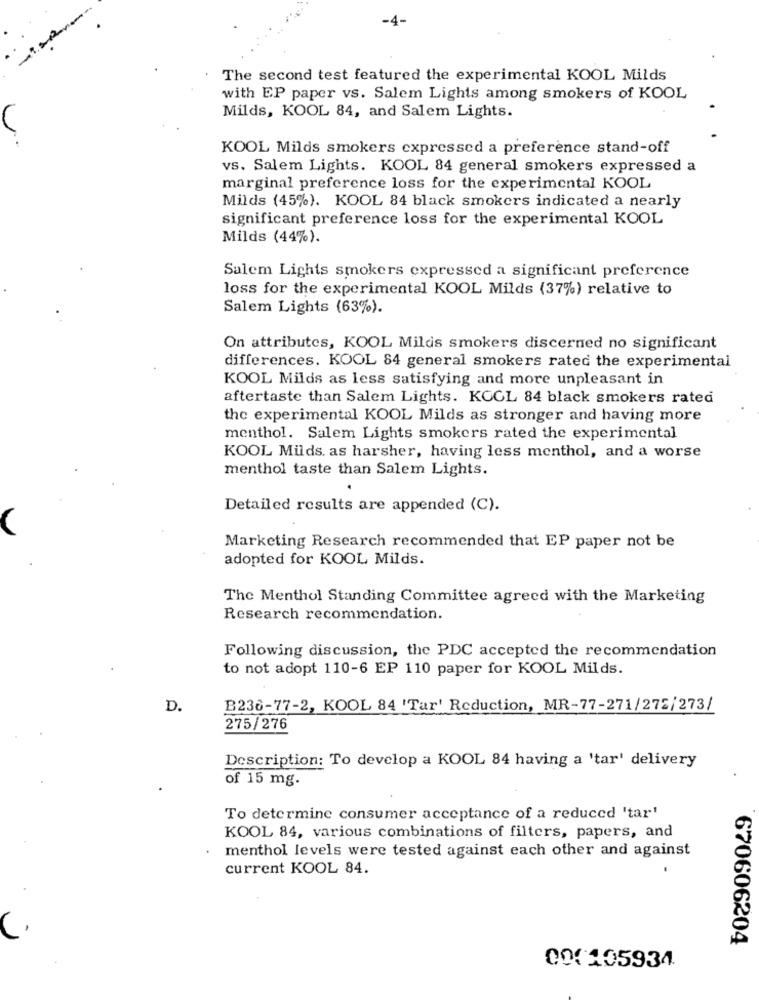
-4-
A
The second test featured the experimental KOOL Milds
with EP paper vs. Salem Lights among smokers of KOOL
Milds, KOOL 84, and Salem Lights.
KOOL Milds smokers expressed a preference stand-off
vs. Salem Lights. KOOL 84 general smokers expressed a
marginal preference loss for the experimental KOOL
Milds (45%). KOOL 84 black smokers indicated a nearly
significant preference loss for the experimental KOOL
Milds (44%).
Salem Lights smokers expressed a significant preference
loss for the experimental KOOL Milds (37%) relative to
Salem Lights (63%).
On attributes, KOOL Milds smokers discerned no significant
differences. KOOL 84 general smokers rated the experimental
KOOL Milds as less satisfying and more unpleasant in
aftertaste than Salem Lights. KOGL 84 black smokers rated
the experimental KOOL Milds as stronger and having more
menthol. Salem Lights smokers rated the experimental
KOOL Milds. as harsher, having less menthol, and a worse
menthol taste than Salem Lights.
Detailed results are appended (C).
Marketing Research recommended that EP paper not be
adopted for KOOL Milds.
The Menthol Standing Committee agreed with the Marketing
Research recommendation.
Following discussion, the PDC accepted the recommendation
to not adopt 110-6 EP 110 paper for KOOL Milds.
D.
B236-77-2, KOOL 84 'Tar' Reduction, MR-77-271/272/273/
275/276
Description: To develop a KOOL 84 having a 'tar' delivery
of 15 mg.
To determine consumer acceptance of a reduced 'tar'
KOOL 84, various combinations of filters, papers, and
menthol levels were tested against each other and against
current KOOL 84.
670606204
001105934